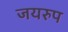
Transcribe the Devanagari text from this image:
जयरुप